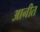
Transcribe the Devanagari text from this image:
आनीत